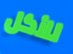
للأكل